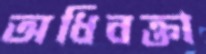
অধিবক্তা